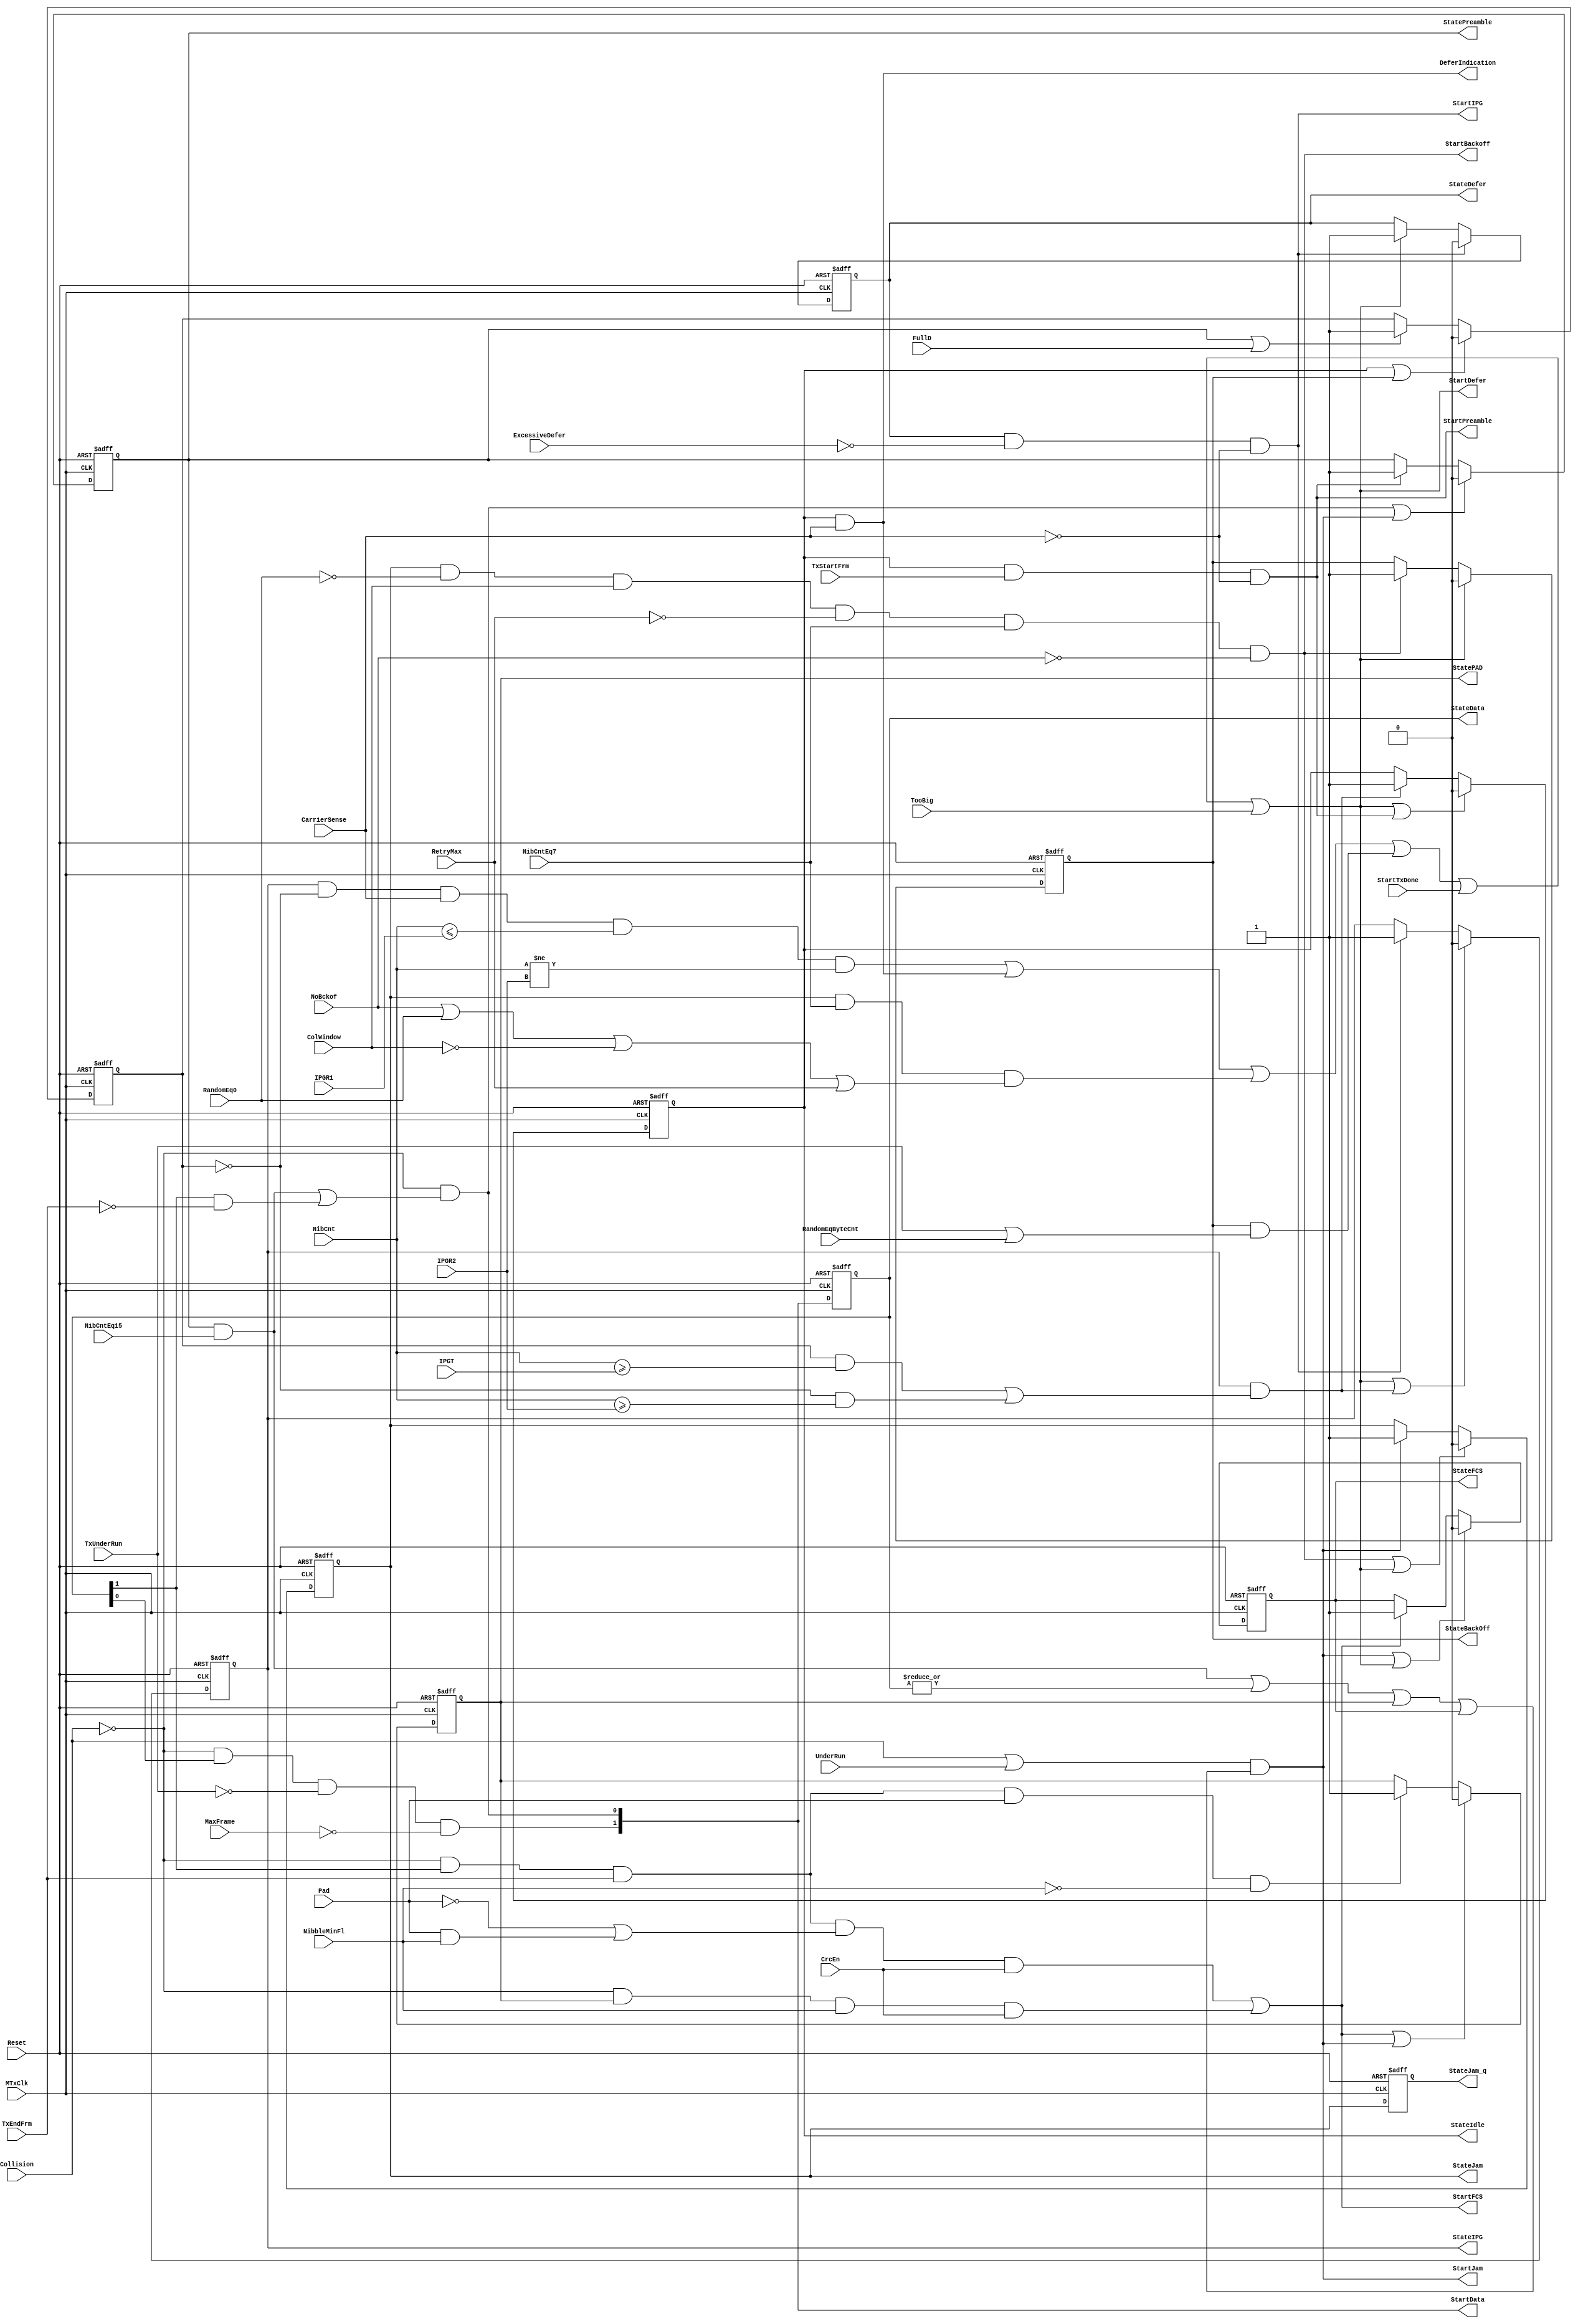
module eth_txstatem  (MTxClk, Reset, ExcessiveDefer, CarrierSense, NibCnt, IPGT, IPGR1, 
                      IPGR2, FullD, TxStartFrm, TxEndFrm, TxUnderRun, Collision, UnderRun, 
                      StartTxDone, TooBig, NibCntEq7, NibCntEq15, MaxFrame, Pad, CrcEn, 
                      NibbleMinFl, RandomEq0, ColWindow, RetryMax, NoBckof, RandomEqByteCnt,
                      StateIdle, StateIPG, StatePreamble, StateData, StatePAD, StateFCS, 
                      StateJam, StateJam_q, StateBackOff, StateDefer, StartFCS, StartJam, 
                      StartBackoff, StartDefer, DeferIndication, StartPreamble, StartData, StartIPG
                     );

parameter Tp = 1;

input MTxClk;
input Reset;
input ExcessiveDefer;
input CarrierSense;
input [6:0] NibCnt;
input [6:0] IPGT;
input [6:0] IPGR1;
input [6:0] IPGR2;
input FullD;
input TxStartFrm;
input TxEndFrm;
input TxUnderRun;
input Collision;
input UnderRun;
input StartTxDone; 
input TooBig;
input NibCntEq7;
input NibCntEq15;
input MaxFrame;
input Pad;
input CrcEn;
input NibbleMinFl;
input RandomEq0;
input ColWindow;
input RetryMax;
input NoBckof;
input RandomEqByteCnt;


output StateIdle;         // Idle state
output StateIPG;          // IPG state
output StatePreamble;     // Preamble state
output [1:0] StateData;   // Data state
output StatePAD;          // PAD state
output StateFCS;          // FCS state
output StateJam;          // Jam state
output StateJam_q;        // Delayed Jam state
output StateBackOff;      // Backoff state
output StateDefer;        // Defer state

output StartFCS;          // FCS state will be activated in next clock
output StartJam;          // Jam state will be activated in next clock
output StartBackoff;      // Backoff state will be activated in next clock
output StartDefer;        // Defer state will be activated in next clock
output DeferIndication;
output StartPreamble;     // Preamble state will be activated in next clock
output [1:0] StartData;   // Data state will be activated in next clock
output StartIPG;          // IPG state will be activated in next clock

wire StartIdle;           // Idle state will be activated in next clock
wire StartPAD;            // PAD state will be activated in next clock


reg StateIdle;
reg StateIPG;
reg StatePreamble;
reg [1:0] StateData;
reg StatePAD;
reg StateFCS;
reg StateJam;
reg StateJam_q;
reg StateBackOff;
reg StateDefer;
reg Rule1;


// Defining the next state
assign StartIPG = StateDefer & ~ExcessiveDefer & ~CarrierSense;

assign StartIdle = StateIPG & (Rule1 & NibCnt[6:0] >= IPGT | ~Rule1 & NibCnt[6:0] >= IPGR2);

assign StartPreamble = StateIdle & TxStartFrm & ~CarrierSense;

assign StartData[0] = ~Collision & (StatePreamble & NibCntEq15 | StateData[1] & ~TxEndFrm);

assign StartData[1] = ~Collision & StateData[0] & ~TxUnderRun & ~MaxFrame;

assign StartPAD = ~Collision & StateData[1] & TxEndFrm & Pad & ~NibbleMinFl;

assign StartFCS = ~Collision & StateData[1] & TxEndFrm & (~Pad | Pad & NibbleMinFl) & CrcEn
                | ~Collision & StatePAD & NibbleMinFl & CrcEn;

assign StartJam = (Collision | UnderRun) & ((StatePreamble & NibCntEq15) | (|StateData[1:0]) | StatePAD | StateFCS);

assign StartBackoff = StateJam & ~RandomEq0 & ColWindow & ~RetryMax & NibCntEq7 & ~NoBckof;

assign StartDefer = StateIPG & ~Rule1 & CarrierSense & NibCnt[6:0] <= IPGR1 & NibCnt[6:0] != IPGR2
                  | StateIdle & CarrierSense 
                  | StateJam & NibCntEq7 & (NoBckof | RandomEq0 | ~ColWindow | RetryMax)
                  | StateBackOff & (TxUnderRun | RandomEqByteCnt)
                  | StartTxDone | TooBig;

assign DeferIndication = StateIdle & CarrierSense;

// Tx State Machine
always @ (posedge MTxClk or posedge Reset)
begin
  if(Reset)
    begin
      StateIPG        <= #Tp 1'b0;
      StateIdle       <= #Tp 1'b0;
      StatePreamble   <= #Tp 1'b0;
      StateData[1:0]  <= #Tp 2'b0;
      StatePAD        <= #Tp 1'b0;
      StateFCS        <= #Tp 1'b0;
      StateJam        <= #Tp 1'b0;
      StateJam_q      <= #Tp 1'b0;
      StateBackOff    <= #Tp 1'b0;
      StateDefer      <= #Tp 1'b1;
    end
  else
    begin
      StateData[1:0] <= #Tp StartData[1:0];
      StateJam_q <= #Tp StateJam;

      if(StartDefer | StartIdle)
        StateIPG <= #Tp 1'b0;
      else
      if(StartIPG)
        StateIPG <= #Tp 1'b1;

      if(StartDefer | StartPreamble)
        StateIdle <= #Tp 1'b0;
      else
      if(StartIdle)
        StateIdle <= #Tp 1'b1;

      if(StartData[0] | StartJam)
        StatePreamble <= #Tp 1'b0;
      else
      if(StartPreamble)
        StatePreamble <= #Tp 1'b1;

      if(StartFCS | StartJam)
        StatePAD <= #Tp 1'b0;
      else
      if(StartPAD)
        StatePAD <= #Tp 1'b1;

      if(StartJam | StartDefer)
        StateFCS <= #Tp 1'b0;
      else
      if(StartFCS)
        StateFCS <= #Tp 1'b1;

      if(StartBackoff | StartDefer)
        StateJam <= #Tp 1'b0;
      else
      if(StartJam)
        StateJam <= #Tp 1'b1;

      if(StartDefer)
        StateBackOff <= #Tp 1'b0;
      else
      if(StartBackoff)
        StateBackOff <= #Tp 1'b1;

      if(StartIPG)
        StateDefer <= #Tp 1'b0;
      else
      if(StartDefer)
        StateDefer <= #Tp 1'b1;
    end
end


// This sections defines which interpack gap rule to use
always @ (posedge MTxClk or posedge Reset)
begin
  if(Reset)
    Rule1 <= #Tp 1'b0;
  else
    begin
      if(StateIdle | StateBackOff)
        Rule1 <= #Tp 1'b0;
      else
      if(StatePreamble | FullD)
        Rule1 <= #Tp 1'b1;
    end
end



endmodule